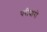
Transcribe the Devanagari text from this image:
परीवारो